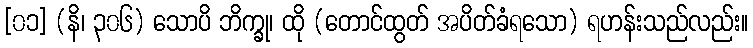
[၀၁] (နိ၊ ၃၀၆) သောပိ ဘိက္ခု၊ ထို (တောင်ထွတ် အပိတ်ခံရသော) ရဟန်းသည်လည်း။